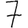
Digit: 7